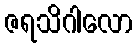
ဇရသိဂါလော